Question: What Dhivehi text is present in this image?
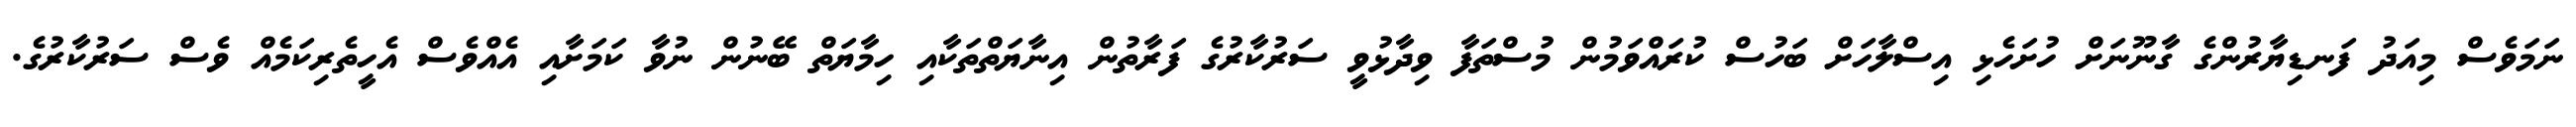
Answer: ނަމަވެސް މިއަދު ފަނޑިޔާރުންގެ ގާނޫނަށް ހުށަހެޅި އިސްލާހަށް ބަހުސް ކުރައްވަމުން މުސްތަފާ ވިދާޅުވީ ސަރުކާރުގެ ފަރާތުން އިނާޔަތްތަކާއި ހިމާޔަތް ބޭނުން ނުވާ ކަމަށާއި އެއްވެސް އެހީތެރިކަމެއް ވެސް ސަރުކާރުގެ.